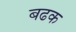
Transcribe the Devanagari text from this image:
बढक